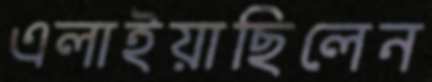
এলাইয়াছিলেন